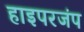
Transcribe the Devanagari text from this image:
हाइपरजंप